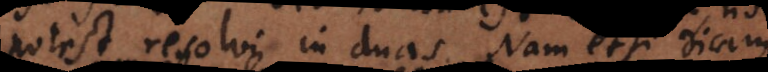
potest resolvi in duas. Nam etsi dicam